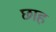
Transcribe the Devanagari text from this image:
छाह